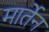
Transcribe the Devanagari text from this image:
मार्तेन